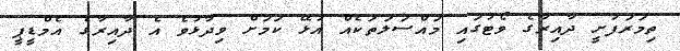
ތިމަރަފުށީ ދާއިރާގެ ވޯޓުގައި މައްސަލަތަކެއް އުޅޭ ކަމަށް ވިދާޅުވެ އެ ދާއިރާގެ އެމްޑީޕީ